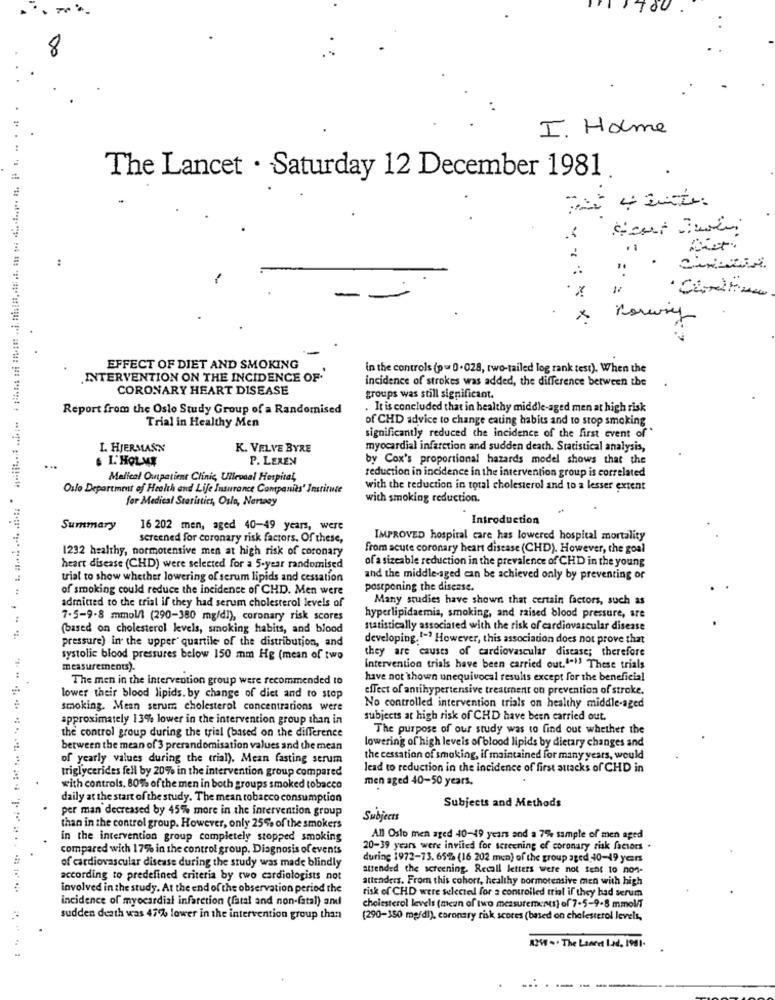
8
I. Holme
The Lancet . Saturday 12 December 1981
:
x
×
EFFECT OF DIET AND SMOKING
in the controls (p= 0.028, two-tailed log rank test). When the
INTERVENTION ON THE INCIDENCE OF
incidence of strokes was added, the difference between the
CORONARY HEART DISEASE
groups was still significant.
Report from the Oslo Study Group of a Randomised
. It is concluded that in healthy middle-aged men at high risk
Trial in Healthy Men
of CHD advice to change eating habits and to stop smoking
significantly reduced the incidence of the first event of'
I. HJERMANN
K. VELVE BYRE
myocardial infarction and sudden death. Statistical analysis,
& I. HOLME
P. LEREN
by Cox's proportional hazards model shows that the
reduction in incidence in the intervention group is correlated
Medical Outpatient Clinic, Ullevaal Hospital,
Oslo Department of Health and Life Insurance Companies' Institute
with the reduction in total cholesterol and to a lesser extent
for Medical Statistics, Oslo, Norway
with smoking reduction.
Introduction
Summary
16 202 men, aged 40-49 years, were
screened for coronary risk factors. Of these,
IMPROVED hospital care has lowered hospital mortality
1232 healthy, normotensive men at high risk of coronary
from acute coronary heart disease (CHD). However, the goal
of a sizeable reduction in the prevalence of CHD in the young
heart disease (CHD) were selected for a 5-year randomised
trial to show whether lowering of serum lipids and cessation
and the middle-aged can be achieved only by preventing or
of smoking could reduce the incidence of CHD. Men were
postponing the disease.
Many studies have shown that certain factors, such as
admitted to the trial if they had serum cholesterol levels of
:
7.5-9-8 mmol/l (290-380 mg/dl), coronary risk scores
hyperlipidaemia, smoking, and raised blood pressure, are
(based on cholesterol levels, smoking habits, and blood
statistically associated with the risk of cardiovascular disease
pressure) in the upper' quartile of the distribution, and
developing. 1 -? However, this association does not prove that
they are causes of cardiovascular disease; therefore
systolic blood pressures below 150 mm Hg (mean of two
measurements).
Intervention trials have been carried out."-"> These trials
The men in the intervention group were recommended to
have not shown unequivocal results except for the beneficial
effect of antihypertensive treatment on prevention of stroke.
lower their blood lipids. by change of diet and to stop
smoking. Mean serum cholesterol concentrations were
No controlled intervention trials on healthy middle-aged
approximately 13% lower in the intervention group than in
subjects at high risk of CHD have been carried out.
the control group during the trial (based on the difference
The purpose of our study was to find out whether the
lowering of high levels of blood lipids by dietary changes and
between the mean of 3 prerandomisation values and the mean
of yearly values during the trial). Mean fasting serum
the cessation of smoking, if maintained for many years, would
triglycerides fell by 20% in the intervention group compared
lead to reduction in the incidence of first attacks of CHD in
men aged 40-50 years.
with controls, 80% of the men in both groups smoked tobacco
daily at the start of the study. The mean tobacco consumption
Subjects and Methods
per man decreased by 45% more in the intervention group
Subjects
than in the control group. However, only 25% of the smokers
in the intervention group completely stopped smoking
All Oslo men aged 40-49 years and a 7% sample of men aged
compared with 17% in the control group. Diagnosis of events
20-39 years were invited for screening of coronary risk factors .
during 1972-73. 65% (16 202 men) of the group aged 40-49 yers
of cardiovascular disease during the study was made blindly
attended the screening. Recall letters were not fent to non-
according to predefined criteria by two cardiologists not
attenders. From this cohort, healthy normotensive men with high
involved in the study. At the end of the observation period the
risk of CHD were selected for s controlled trial if they had serum
incidence of myocardial infarction (fatal and non-fatal) and
cholesterol levels (mean of two measurements) of 7-5-9-8 mmol/T
sudden death was 47% lower in the intervention group than
(290-150 mg/dl), coronary risk scores (based on cholesterol levels,
RISS - . The Land Ltd. 1981 .